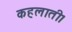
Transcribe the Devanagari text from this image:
कहलाती।